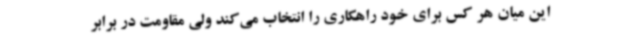
این میان هر کس برای خود راهکاری را انتخاب می‌کند ولی مقاومت در برابر